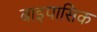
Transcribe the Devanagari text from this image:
बाइपासिक